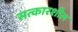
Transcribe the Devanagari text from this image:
सत्कारशील